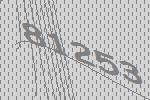
81253